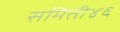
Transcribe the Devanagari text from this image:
समिती४६